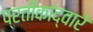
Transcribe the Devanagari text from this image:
प्रतीकांद्वारे